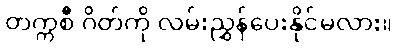
တက္ကစီ ဂိတ်ကို လမ်းညွှန်ပေးနိုင်မလား။